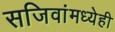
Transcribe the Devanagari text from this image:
सजिवांमध्येही